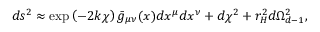
d s ^ { 2 } \approx \exp \left( - 2 k \chi \right) \bar { g } _ { \mu \nu } ( x ) d x ^ { \mu } d x ^ { \nu } + d \chi ^ { 2 } + r _ { H } ^ { 2 } d \Omega _ { d - 1 } ^ { 2 } ,